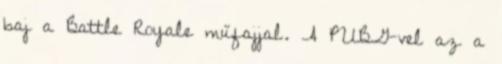
baj a Battle Royale műfajjal. A PUBG-vel az a